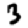
Digit: 3